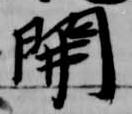
開